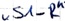
Text: "S1-R"